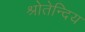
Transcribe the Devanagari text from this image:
श्रोतेन्दिय